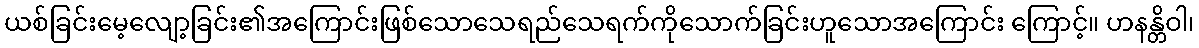
ယစ်ခြင်းမေ့လျော့ခြင်း၏အကြောင်းဖြစ်သောသေရည်သေရက်ကိုသောက်ခြင်းဟူသောအကြောင်း ကြောင့်။ ဟနန္တိဝါ၊